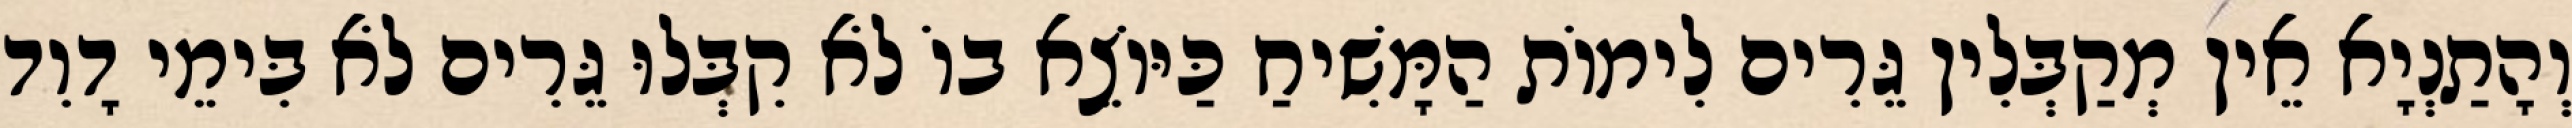
וְהָתַנְיָא אֵין מְקַבְּלִין גֵּרִים לִימוֹת הַמָּשִׁיחַ כַּיּוֹצֵא בוֹ לֹא קִבְּלוּ גֵּרִים לֹא בִּימֵי דָוִד